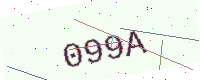
Text: 099A